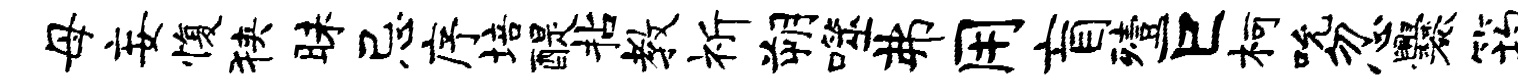
母妄愎狭昧忌序培醍拈教祈朔噬弗用盲殪巨柯吮忽爨筠